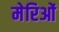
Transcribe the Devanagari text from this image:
मेरिओं